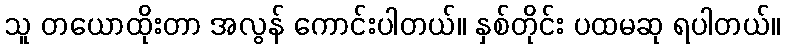
သူ တယောထိုးတာ အလွန် ကောင်းပါတယ်။ နှစ်တိုင်း ပထမဆု ရပါတယ်။